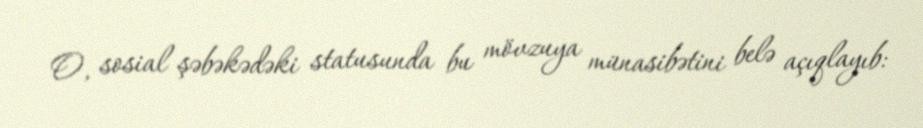
O, sosial şəbəkədəki statusunda bu mövzuya münasibətini belə açıqlayıb: